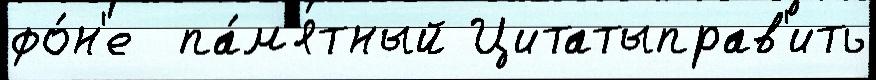
фо́н'е  па́м'ятный Цитатыправ'ить